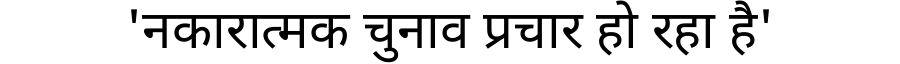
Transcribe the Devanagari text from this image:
'नकारात्मक चुनाव प्रचार हो रहा है'